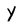
Character: y